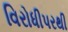
વિરોધીપરથી